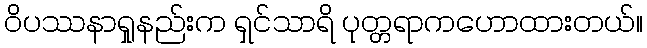
ဝိပဿနာရှုနည်းက ရှင်သာရိ ပုတ္တရာကဟောထားတယ်။